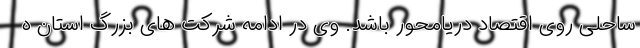
ساحلی روی اقتصاد دریامحور باشد. وی در ادامه شرکت های بزرگ استان ه